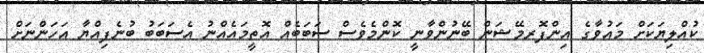
ކުއްލިޔަކަށް މައުވާގެ އިންފޮރމޭޝަން ބޭނުންވާނީ ކޮންމެވެސް ސަބަބެއް އޮތީމައެއްނު އެސަަބަބު ބުނެފިއްޔާ އަހަންނަށް